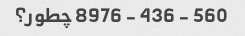
560 - 436 - 8976 چطور؟